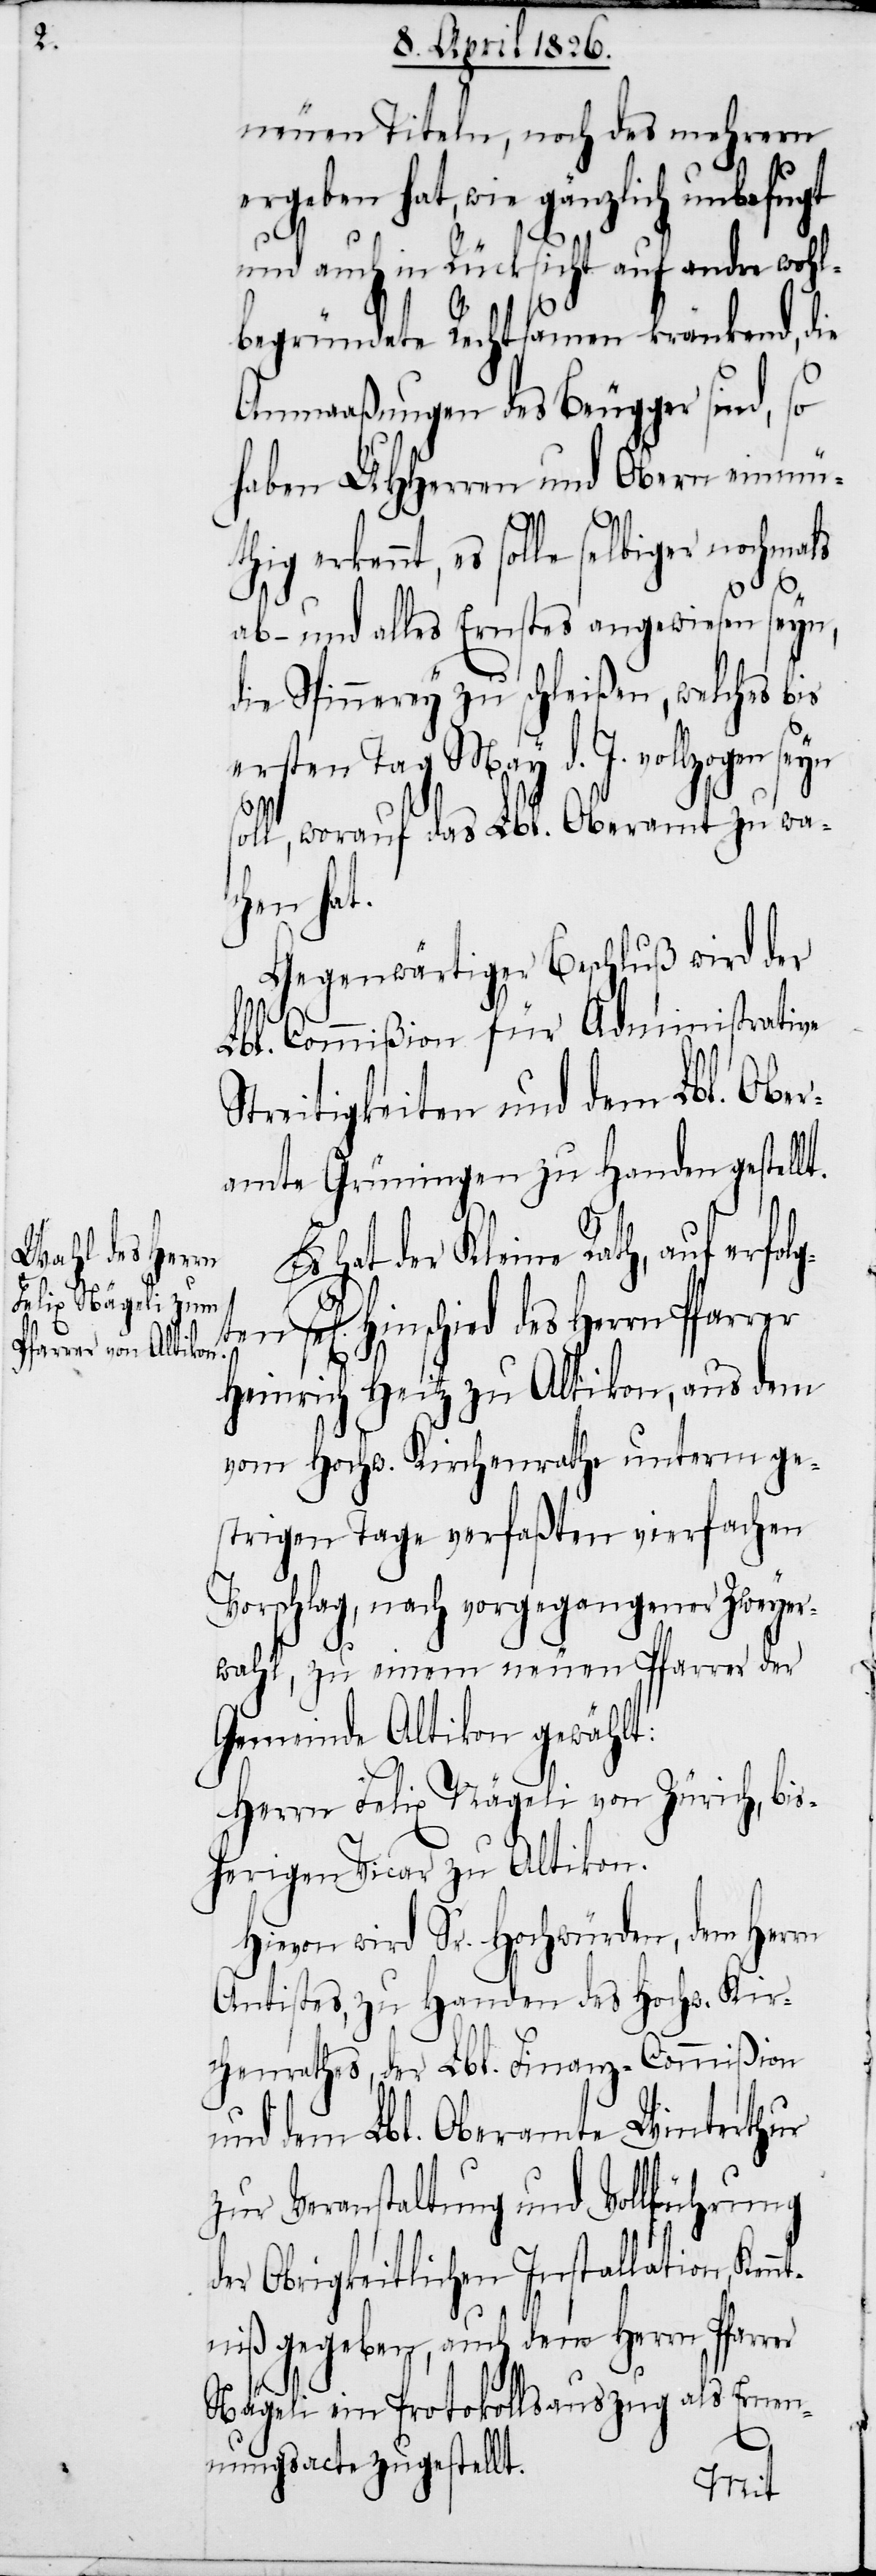
neuen Titeln, noch des mehrern
n hat, wie gänzlich unbefugt
und auch in Rücksicht auf andre wohl¬
begründete Rechtsamen kränkend, die
Anmaaßungen des Beugger sind, so
haben UHHerren und Obern einm¬
erkennt, es solle selbiger nochmals
ab- und alles Ernstes angewiesen seyn,
die Spinnerey zu schleißen, welches bis
ersten Tag May d. J. vollzogen seyn
soll, worauf das Lbl. Oberamt zu wac¬
Kennt¬
Gegenwärtiger Beschluß wird der
sel[i¬
Lbl. Commißion für Administrative
Streitigkeiten und dem Lbl. Ober¬
amte Grüningen zu Handen gestellt.
Es hat der Kleine Rath, auf erfolg¬
gen] Hinschied des Herrn Pfarrer
Heinrich Heitz zu Altikon, aus dem
vom Hochw. Kirchenrathe unterm ge¬
strigen Tage verfaßten vierfachen
Vorschlag, nach vorgegangener Zweyer¬
wahl, zu einem neuen Pfarrer der
Gemeinde Altikon gewählt:
Herrn Felix Nägeli von Zürich, bis¬
herigen Vicar zu Altikon.
Hievon wird Sr. Hochwürden, dem Herrn
Antistes, zu Handen des Hochw. Kirc¬
henrathes, der Lbl. Finanz-Commißion
und dem Lbl. Oberamte Winterthur
zur Veranstaltung und Vollführung
der Obrigkeitlichen Installation,
niß gegeben, auch dem Herrn Pfarr¬
Nägeli ein Protokollsauszug als Ernen¬
nungsacte zugestellt.
er